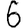
Digit: 6